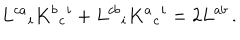
LaTeX: L ^ { c a } { } _ { i } K ^ { b } { } _ { c } { } ^ { i } + L ^ { c b } { } _ { i } K ^ { a } { } _ { c } { } ^ { i } = 2 L ^ { a b } \, .